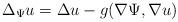
LaTeX: \begin{align*} \Delta_{\Psi} u = \Delta u - g(\nabla \Psi,\nabla u) \end{align*}